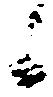
候